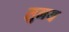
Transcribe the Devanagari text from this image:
सुनय